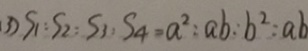
( 3 ) S _ { 1 } : S _ { 2 } : S _ { 3 } : S _ { 4 } = a ^ { 2 } : a b : b ^ { 2 } : a b